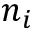
n _ { i }